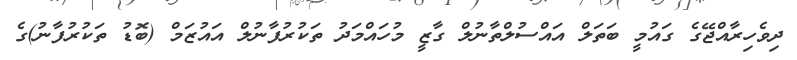
ދިވެހިރާއްޖޭގެ ގައުމީ ބަތަލް އައްސުލްތާނުލް ގާޒީ މުހައްމަދު ތަކުރުފާނުލް އައުޒަމް (ބޮޑު ތަކުރުފާނު)ގެ